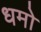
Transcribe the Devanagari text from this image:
धमो